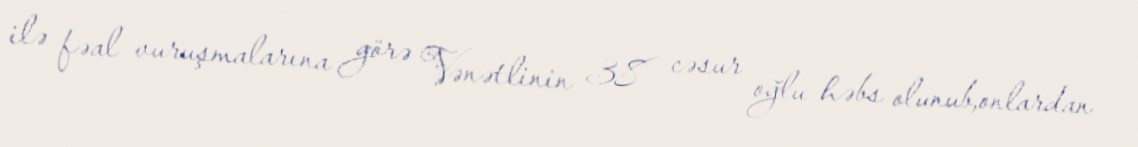
ilə fəal vuruşmalarına görə Vənətlinin 38 cəsur oğlu həbs olunub,onlardan